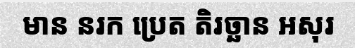
មាន នរក ប្រេត តិរច្ឆាន អសុរ